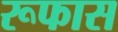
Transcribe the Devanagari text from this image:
रूफास